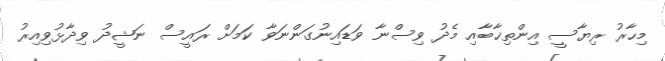
މިހާރު ރިޔާސީ އިންތިޚާބާއި މެދު ވިސްނާ ވަޑައިނުގަންނަވާ ކަމަށް ރައީސް ނަޝީދު ވިދާޅުވިއިރު